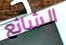
الشائع